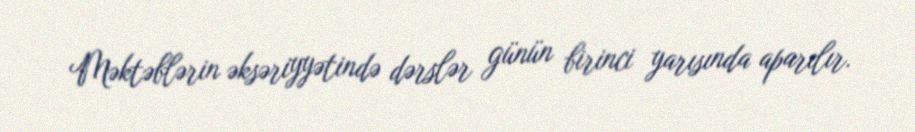
Məktəblərin əksəriyyətində dərslər günün birinci yarısında aparılır.